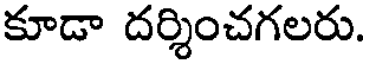
కూడా దర్శించగలరు.